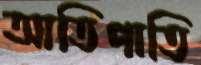
আতিপাতি